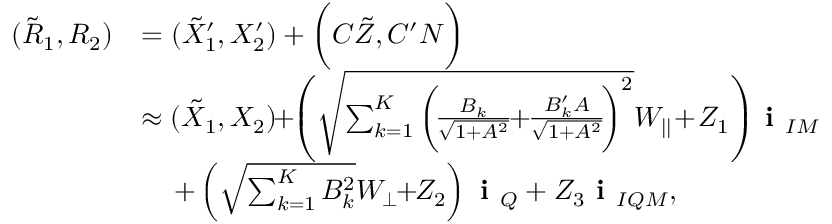
\begin{array} { r l } { ( \tilde { R } _ { 1 } , R _ { 2 } ) } & { = ( { { { \tilde { X } } } _ { 1 } ^ { \prime } } , { { X } _ { 2 } ^ { \prime } } ) + \biggl ( { C \tilde { Z } } , { C ^ { \prime } N } \biggr ) } \\ & { \approx ( { { { \tilde { X } } } _ { 1 } } , { { X } _ { 2 } } ) \! \! + \! \! \left( \sqrt { { \sum _ { k = 1 } ^ { K } \bigg ( \! \frac { B _ { k } } { \sqrt { 1 + A ^ { 2 } } } \! \! + \! \! \frac { B _ { k } ^ { \prime } A } { \sqrt { 1 + A ^ { 2 } } } \! \bigg ) ^ { 2 } } } { { W _ { | | } } } \! + \! { Z _ { 1 } } \right) \! \textbf { i } _ { I M } } \\ & { \, \, \, \, \, \, \, + \left( \sqrt { \sum _ { k = 1 } ^ { K } B _ { k } ^ { 2 } } { { W _ { \perp } } } \! \! + \! \! { Z _ { 2 } } \right) \textbf { i } _ { Q } + { Z _ { 3 } } \textbf { i } _ { I Q M } , } \end{array}